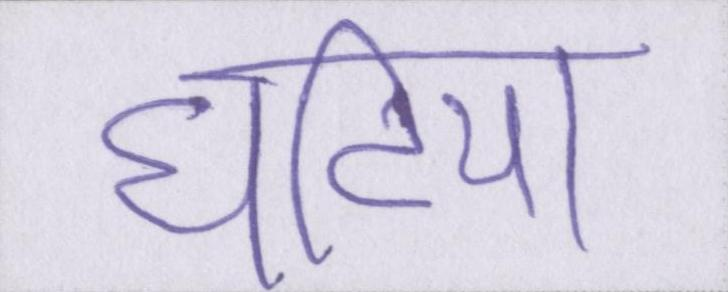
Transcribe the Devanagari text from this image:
घटिया